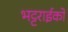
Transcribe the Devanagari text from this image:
भट्टराईको